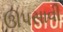
ઊપસાવી